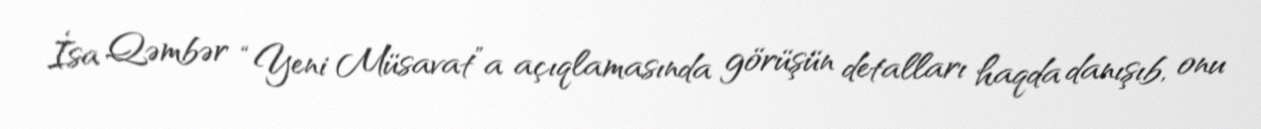
İsa Qəmbər “Yeni Müsavat”a açıqlamasında görüşün detalları haqda danışıb, onu